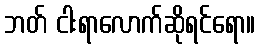
ဘတ် ငါးရာလောက်ဆိုရင်ရော။